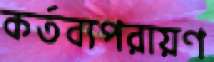
কর্তব্যপরায়ণ